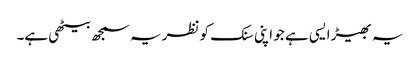
یہ بھیڑ ایسی ہے جو اپنی سنک کو نظریہ سمجھ بیٹھی ہے۔